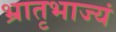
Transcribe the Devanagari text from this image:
भ्रातृभाज्यं